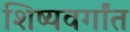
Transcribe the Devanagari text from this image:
शिष्यवर्गांत